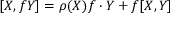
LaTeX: [ X , f Y ] = \rho ( X ) f \cdot Y + f [ X , Y ]